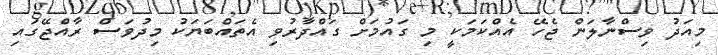
މިއަދު ވިސްނާލަން ޖެހޭ އެއްކަމަކީ މި ގައުމަށް ގައްދާރުވި އެތައްބަޔަކު މިދުވަސް ރާއްޖޭގައި